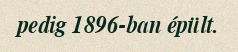
pedig 1896-ban épült.